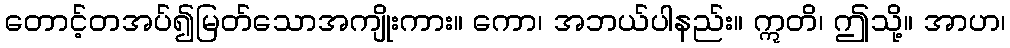
တောင့်တအပ်၍မြတ်သောအကျိုးကား။ ကော၊ အဘယ်ပါနည်း။ ဣတိ၊ ဤသို့။ အာဟ၊